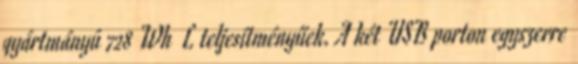
gyártmányú 728 Wh L teljesítményűek. A két USB porton egyszerre